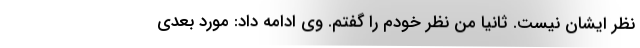
نظر ایشان نیست. ثانیا من نظر خودم را گفتم. وی ادامه داد: مورد بعدی